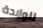
للولادة